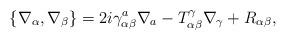
LaTeX: \begin{align*}\{\nabla_\alpha,\nabla_\beta\}=2i\gamma^a_{\alpha\beta}\nabla_a-T^\gamma_{\alpha\beta}\nabla_\gamma+R_{\alpha\beta},\end{align*}